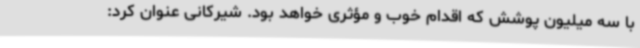
با سه میلیون پوشش که اقدام خوب و مؤثری خواهد بود. شیرکانی عنوان کرد: